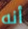
أنه